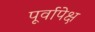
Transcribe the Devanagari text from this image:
पूर्वापेक्ष